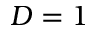
D = 1